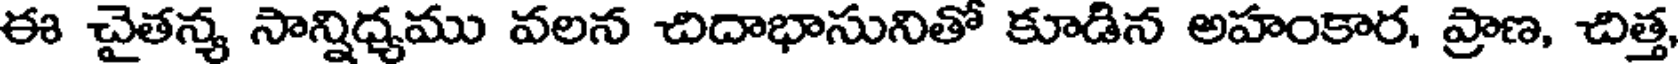
ఈ చైతన్య సాన్నిధ్యము వలన చిదాభాసునితో కూడిన అహంకార, ప్రాణ, చిత్త